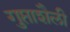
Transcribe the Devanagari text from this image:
गुप्ताशैली